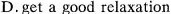
D.doesn't offer many choices